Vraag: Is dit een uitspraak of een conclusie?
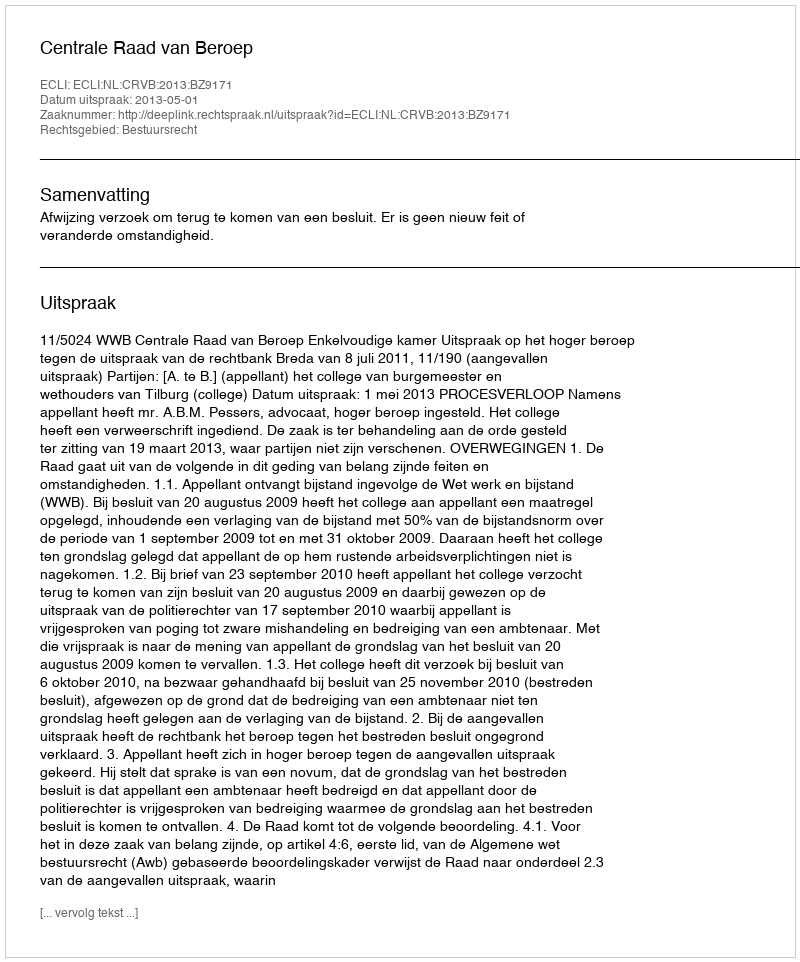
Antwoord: Uitspraak